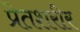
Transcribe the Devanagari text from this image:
प्रेतशरीर